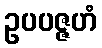
ဥပပဇ္ဇဟံ